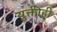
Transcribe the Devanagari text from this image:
युक्तीही